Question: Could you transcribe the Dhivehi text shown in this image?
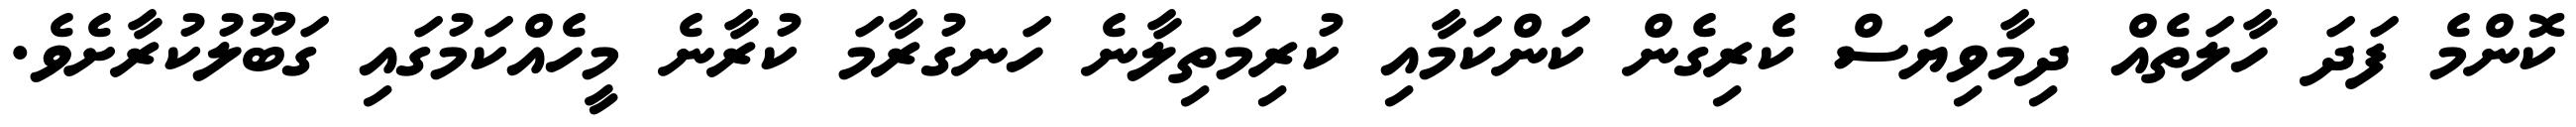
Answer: ކޮންމެ ފަދަ ހާލަތެއް ދިމާވިޔަސް ކެރިގެން ކަންކަމާއި ކުރިމަތިލާނެ ހަނގުރާމަ ކުރާނެ މީހެއްކަމުގައި ގަބޫލުކުރާށެވެ.